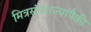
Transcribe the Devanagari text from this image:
मित्रसंघराज्यांपैकी